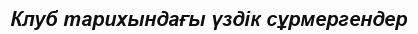
Клуб тарихындағы үздік сұрмергендер